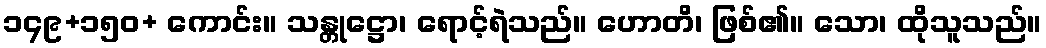
၁၄၉+၁၅၀+ ကောင်း။ သန္တုဋ္ဌော၊ ရောင့်ရဲသည်။ ဟောတိ၊ ဖြစ်၏။ သော၊ ထိုသူသည်။